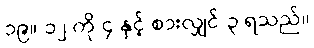
၁၉။ ၁၂ ကို ၄ နှင့် စားလျှင် ၃ ရသည်။